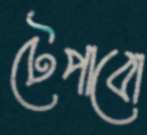
টেপাবো